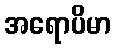
အရောပိမာ